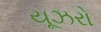
યૂઝરો